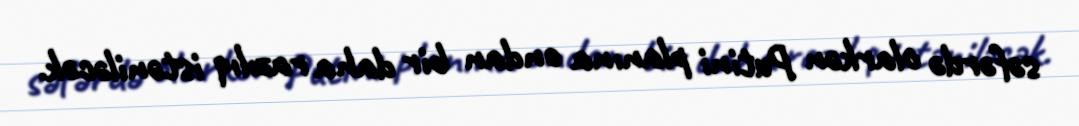
səfərdə olarkən Putini planına ondan bir daha razılıq istəniləcək.